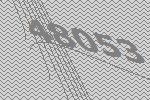
48053